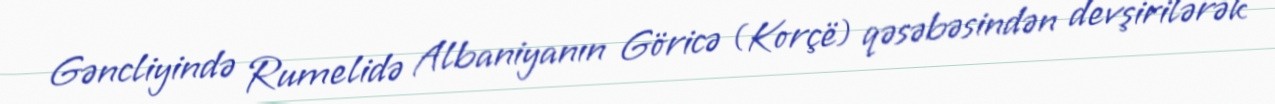
Gəncliyində Rumelidə Albaniyanın Göricə (Korçë) qəsəbəsindən devşirilərək